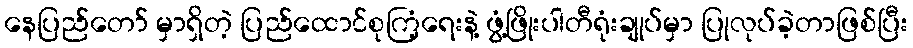
နေပြည်တော် မှာရှိတဲ့ ပြည်ထောင်စုကြံ့ရေးနဲ့ ဖွံ့ဖြိုးပါတီရုံးချုပ်မှာ ပြုလုပ်ခဲ့တာဖြစ်ပြီး